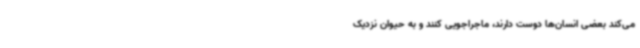
می‌کند بعضی انسان‌ها دوست دارند، ماجراجویی کنند و به حیوان نزدیک